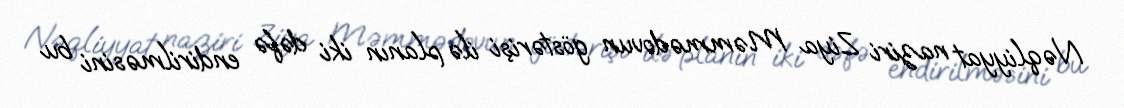
Nəqliyyat naziri Ziya Məmmədovun göstərişi ilə planın iki dəfə endirilməsini bu